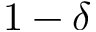
1 - \delta